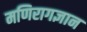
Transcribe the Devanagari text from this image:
मणिरागज्ञान